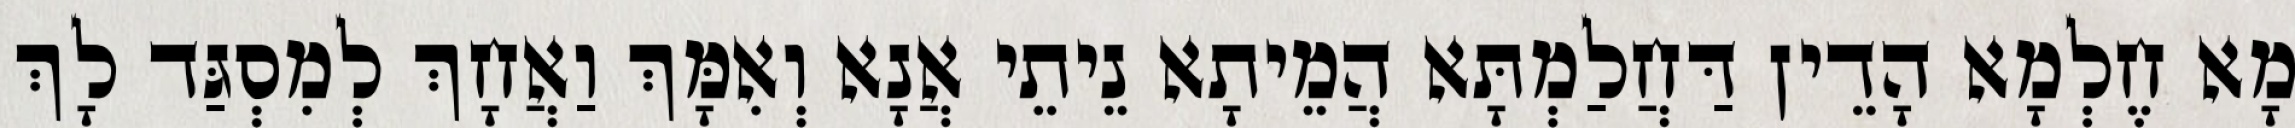
מָא חֶלְמָא הָדֵין דַּחֲלַמְתָּא הֲמֵיתָא נֵיתֵי אֲנָא וְאִמָּךְ וַאֲחָךְ לְמִסְגַּד לָךְ